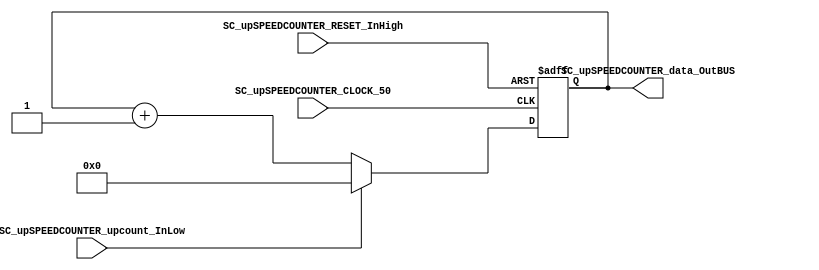
/*######################################################################
//#	G0B1T: HDL EXAMPLES. 2018.
//######################################################################
//# Copyright (C) 2018. F.E.Segura-Quijano (FES) fsegura@uniandes.edu.co
//# 
//# This program is free software: you can redistribute it and/or modify
//# it under the terms of the GNU General Public License as published by
//# the Free Software Foundation, version 3 of the License.
//#
//# This program is distributed in the hope that it will be useful,
//# but WITHOUT ANY WARRANTY; without even the implied warranty of
//# MERCHANTABILITY or FITNESS FOR A PARTICULAR PURPOSE.  See the
//# GNU General Public License for more details.
//#
//# You should have received a copy of the GNU General Public License
//# along with this program.  If not, see <http://www.gnu.org/licenses/>
//####################################################################*/
//=======================================================
//  MODULE Definition
//=======================================================
module SC_upSPEEDCOUNTER #(parameter upSPEEDCOUNTER_DATAWIDTH=8)(
	//////////// OUTPUTS //////////
	SC_upSPEEDCOUNTER_data_OutBUS,
	//////////// INPUTS //////////
	SC_upSPEEDCOUNTER_CLOCK_50,
	SC_upSPEEDCOUNTER_RESET_InHigh,
	SC_upSPEEDCOUNTER_upcount_InLow
);
//=======================================================
//  PARAMETER declarations
//=======================================================

//=======================================================
//  PORT declarations
//=======================================================
output		[upSPEEDCOUNTER_DATAWIDTH-1:0]	SC_upSPEEDCOUNTER_data_OutBUS;
input		SC_upSPEEDCOUNTER_CLOCK_50;
input		SC_upSPEEDCOUNTER_RESET_InHigh;
input		SC_upSPEEDCOUNTER_upcount_InLow;

//=======================================================
//  REG/WIRE declarations
//=======================================================
reg [upSPEEDCOUNTER_DATAWIDTH-1:0] upSPEEDCOUNTER_Register;
reg [upSPEEDCOUNTER_DATAWIDTH-1:0] upSPEEDCOUNTER_Signal;
//=======================================================
//  Structural coding
//=======================================================
//INPUT LOGIC: COMBINATIONAL
always @(*)
begin
	if (SC_upSPEEDCOUNTER_upcount_InLow == 1'b0)
		upSPEEDCOUNTER_Signal = upSPEEDCOUNTER_Register + 1'b1;
	else
		upSPEEDCOUNTER_Signal = 0;
	end	
//STATE REGISTER: SEQUENTIAL
always @(posedge SC_upSPEEDCOUNTER_CLOCK_50, posedge SC_upSPEEDCOUNTER_RESET_InHigh)
begin
	if (SC_upSPEEDCOUNTER_RESET_InHigh  == 1'b1)
		upSPEEDCOUNTER_Register <= 0;
	else
		upSPEEDCOUNTER_Register <= upSPEEDCOUNTER_Signal;
end
//=======================================================
//  Outputs
//=======================================================
//OUTPUT LOGIC: COMBINATIONAL
assign SC_upSPEEDCOUNTER_data_OutBUS = upSPEEDCOUNTER_Register;

endmodule